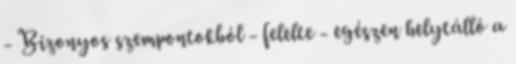
- Bizonyos szempontokból - felelte - egészen helytálló a